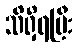
သိရှိရပြီး